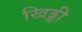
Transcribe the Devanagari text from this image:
खिड्डी